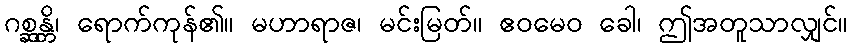
ဂစ္ဆန္တိ၊ ရောက်ကုန်၏။ မဟာရာဇ၊ မင်းမြတ်။ ဧဝမေဝ ခေါ၊ ဤအတူသာလျှင်။